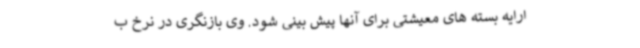
ارایه بسته های معیشتی برای آنها پیش بینی شود. وی بازنگری در نرخ ب